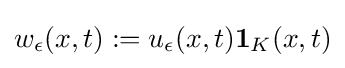
w_{\epsilon }(x,t):=u_{\epsilon }(x,t)\mathbf {1} _{K}(x,t)